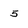
Character: 5